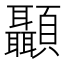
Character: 顳